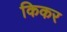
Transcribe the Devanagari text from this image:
किकर